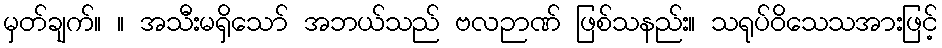
မှတ်ချက်။ ။ အသီးမရှိသော် အဘယ်သည် ဗလဉာဏ် ဖြစ်သနည်း။ သရုပ်ဝိသေသအားဖြင့်